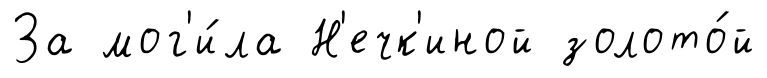
За мог'и́ла Н'ечк'иной золото́й